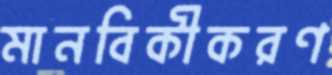
মানবিকীকরণ